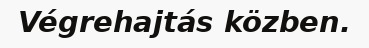
Végrehajtás közben.